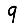
Digit: 9